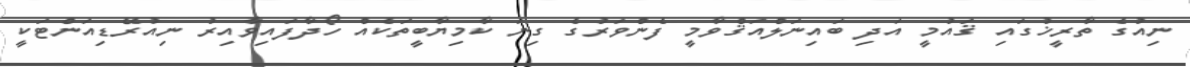
ނިއުގެ ތާރީޚުގައި ޤައުމީ އަދި ބައިނަލްއަޤްވާމީ ފެންވަރުގެ ގިނަ ކާމިޔާބީތަކެއް ހޯދާފައިވާއިރު ނިއުރޭޑިއަންޓަކީ